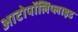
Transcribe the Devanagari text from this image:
आटोपॉलिप्लाइड